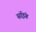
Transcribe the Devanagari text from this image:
सॉइंग